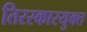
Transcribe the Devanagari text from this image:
तिरस्कारयुक्त